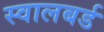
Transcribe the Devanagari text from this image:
स्वालबर्ड